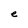
Character: e